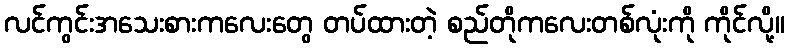
လင်ကွင်းအသေးစားကလေးတွေ တပ်ထားတဲ့ စည်တိုကလေးတစ်လုံးကို ကိုင်လို့။